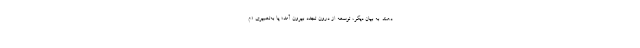
دهند. به بیان دیگر، توسعه از درون تجدد بیرون آمد؛ یا به‌تعبیری «م